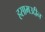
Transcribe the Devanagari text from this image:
हसामउद्दीन